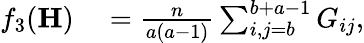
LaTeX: \begin{array}{rl}{f_{3}(\mathbf{H})}&{{}=\frac{n}{a(a-1)}\sum_{i,j=b}^{b+a-1}G_{ij},}\end{array}